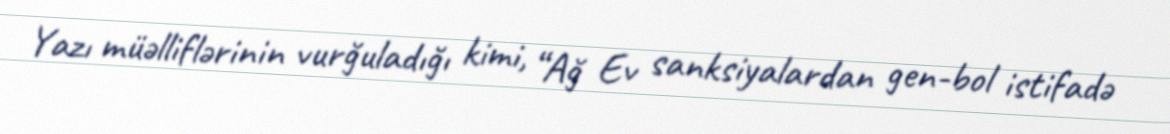
Yazı müəlliflərinin vurğuladığı kimi, “Ağ Ev sanksiyalardan gen-bol istifadə